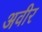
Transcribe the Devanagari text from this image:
अवीर